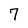
Character: 7